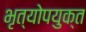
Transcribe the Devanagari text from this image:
भृत्योपयुक्त